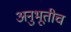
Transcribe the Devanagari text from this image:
अनुभूतीच